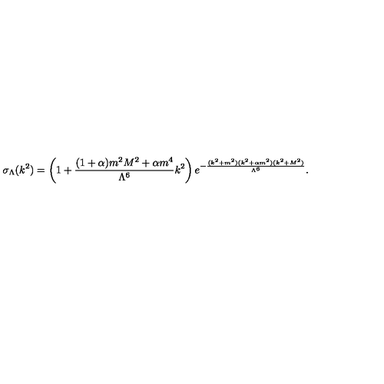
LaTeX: \sigma _ { \Lambda } ( k ^ { 2 } ) = \left( 1 + \frac { ( 1 + \alpha ) m ^ { 2 } M ^ { 2 } + \alpha m ^ { 4 } } { \Lambda ^ { 6 } } k ^ { 2 } \right) e ^ { - \frac { ( k ^ { 2 } + m ^ { 2 } ) ( k ^ { 2 } + \alpha m ^ { 2 } ) ( k ^ { 2 } + M ^ { 2 } ) } { \Lambda ^ { 6 } } } .